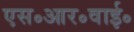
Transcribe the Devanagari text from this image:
एस॰आर॰वाई॰